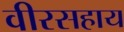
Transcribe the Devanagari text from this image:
वीरसहाय